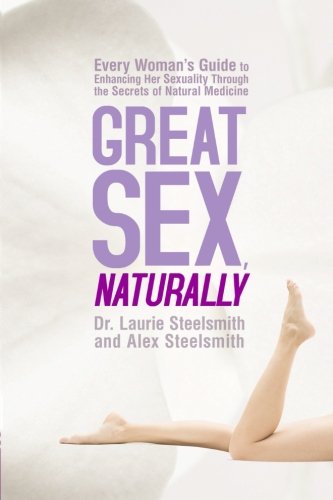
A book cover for Great Sex, Naturally: Every Woman's Guide to Enhancing Her Sexuality Through the Secrets of Natural Medicine; Laurie Steelsmith; Health, Fitness & Dieting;